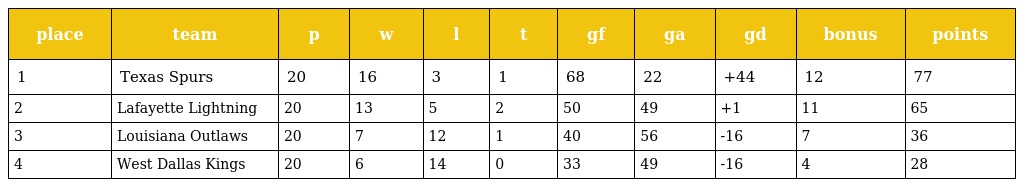
| place | team | p | w | l | t | gf | ga | gd | bonus | points |
 | --- | --- | --- | --- | --- | --- | --- | --- | --- | --- | --- |
 | 1 | Texas Spurs | 20 | 16 | 3 | 1 | 68 | 22 | +44 | 12 | 77 |
 | 2 | Lafayette Lightning | 20 | 13 | 5 | 2 | 50 | 49 | +1 | 11 | 65 |
 | 3 | Louisiana Outlaws | 20 | 7 | 12 | 1 | 40 | 56 | -16 | 7 | 36 |
 | 4 | West Dallas Kings | 20 | 6 | 14 | 0 | 33 | 49 | -16 | 4 | 28 |